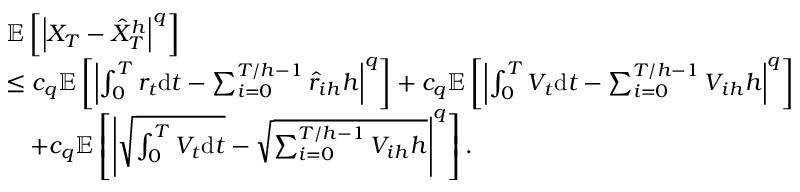
\begin{array} { r l } & { \mathbb { E } \left[ \left| X _ { T } - \hat { X } _ { T } ^ { h } \right| ^ { q } \right] } \\ & { \leq c _ { q } \mathbb { E } \left[ \left| \int _ { 0 } ^ { T } r _ { t } \mathrm { d } t - \sum _ { i = 0 } ^ { T / h - 1 } \hat { r } _ { i h } h \right| ^ { q } \right] + c _ { q } \mathbb { E } \left[ \left| \int _ { 0 } ^ { T } V _ { t } \mathrm { d } t - \sum _ { i = 0 } ^ { T / h - 1 } V _ { i h } h \right| ^ { q } \right] } \\ & { \quad + c _ { q } \mathbb { E } \left[ \left| \sqrt { \int _ { 0 } ^ { T } V _ { t } \mathrm { d } t } - \sqrt { \sum _ { i = 0 } ^ { T / h - 1 } V _ { i h } h } \right| ^ { q } \right] . } \end{array}